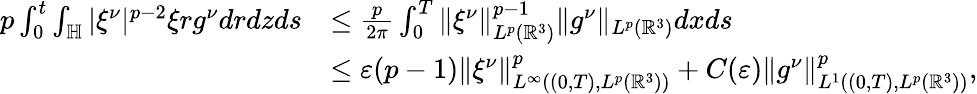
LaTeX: \begin{array}{rl}{p\int_{0}^{t}\int_{\mathbb{H}}|\xi^{\nu}|^{p-2}\xi rg^{\nu}drdzds}&{\leq\frac{p}{2\pi}\int_{0}^{T}\| \xi^{\nu}\| _{L^{p}(\mathbb{R}^{3})}^{p-1}\| g^{\nu}\| _{L^{p}(\mathbb{R}^{3})}dxds}\\ &{\leq\varepsilon(p-1)\| \xi^{\nu}\| _{L^{\infty}((0,T),L^{p}(\mathbb{R}^{3}))}^{p}+C(\varepsilon)\| g^{\nu}\| _{L^{1}((0,T),L^{p}(\mathbb{R}^{3}))}^{p},}\end{array}